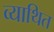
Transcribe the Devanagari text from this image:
व्याथित